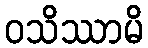
ဝသိဿာမိ